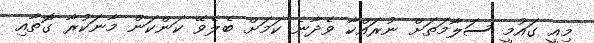
މިއީ ގައުމީ ސަލާމަތަށް ނުރައްކާ ވެދާނެ ކަމަށް ބެލެވޭ ކަންކަން މާނަކުރާ ގޮތާއި